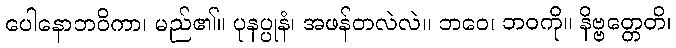
ပေါနောဘဝိကာ၊ မည်၏။ ပုနပ္ပုနံ၊ အဖန်တလဲလဲ။ ဘဝေ၊ ဘဝကို။ နိဗ္ဗတ္တေတိ၊